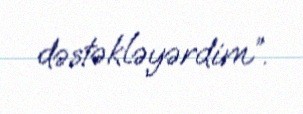
dəstəkləyərdim”.